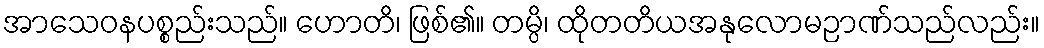
အာသေဝနပစ္စည်းသည်။ ဟောတိ၊ ဖြစ်၏။ တမ္ပိ၊ ထိုတတိယအနုလောမဉာဏ်သည်လည်း။